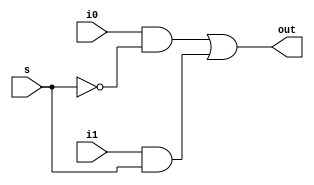

module mux2_to_1(out, i0, i1, s);

output out; //output port
input i0, i1; //input ports
input s;

wire sbar, y1, y2; //internal nets

//Gate Instantiations
not n1(sbar, s);
and a1(y1, i0, sbar);
and a2(y2, i1, s);
or o1(out, y1, y2);

endmodule